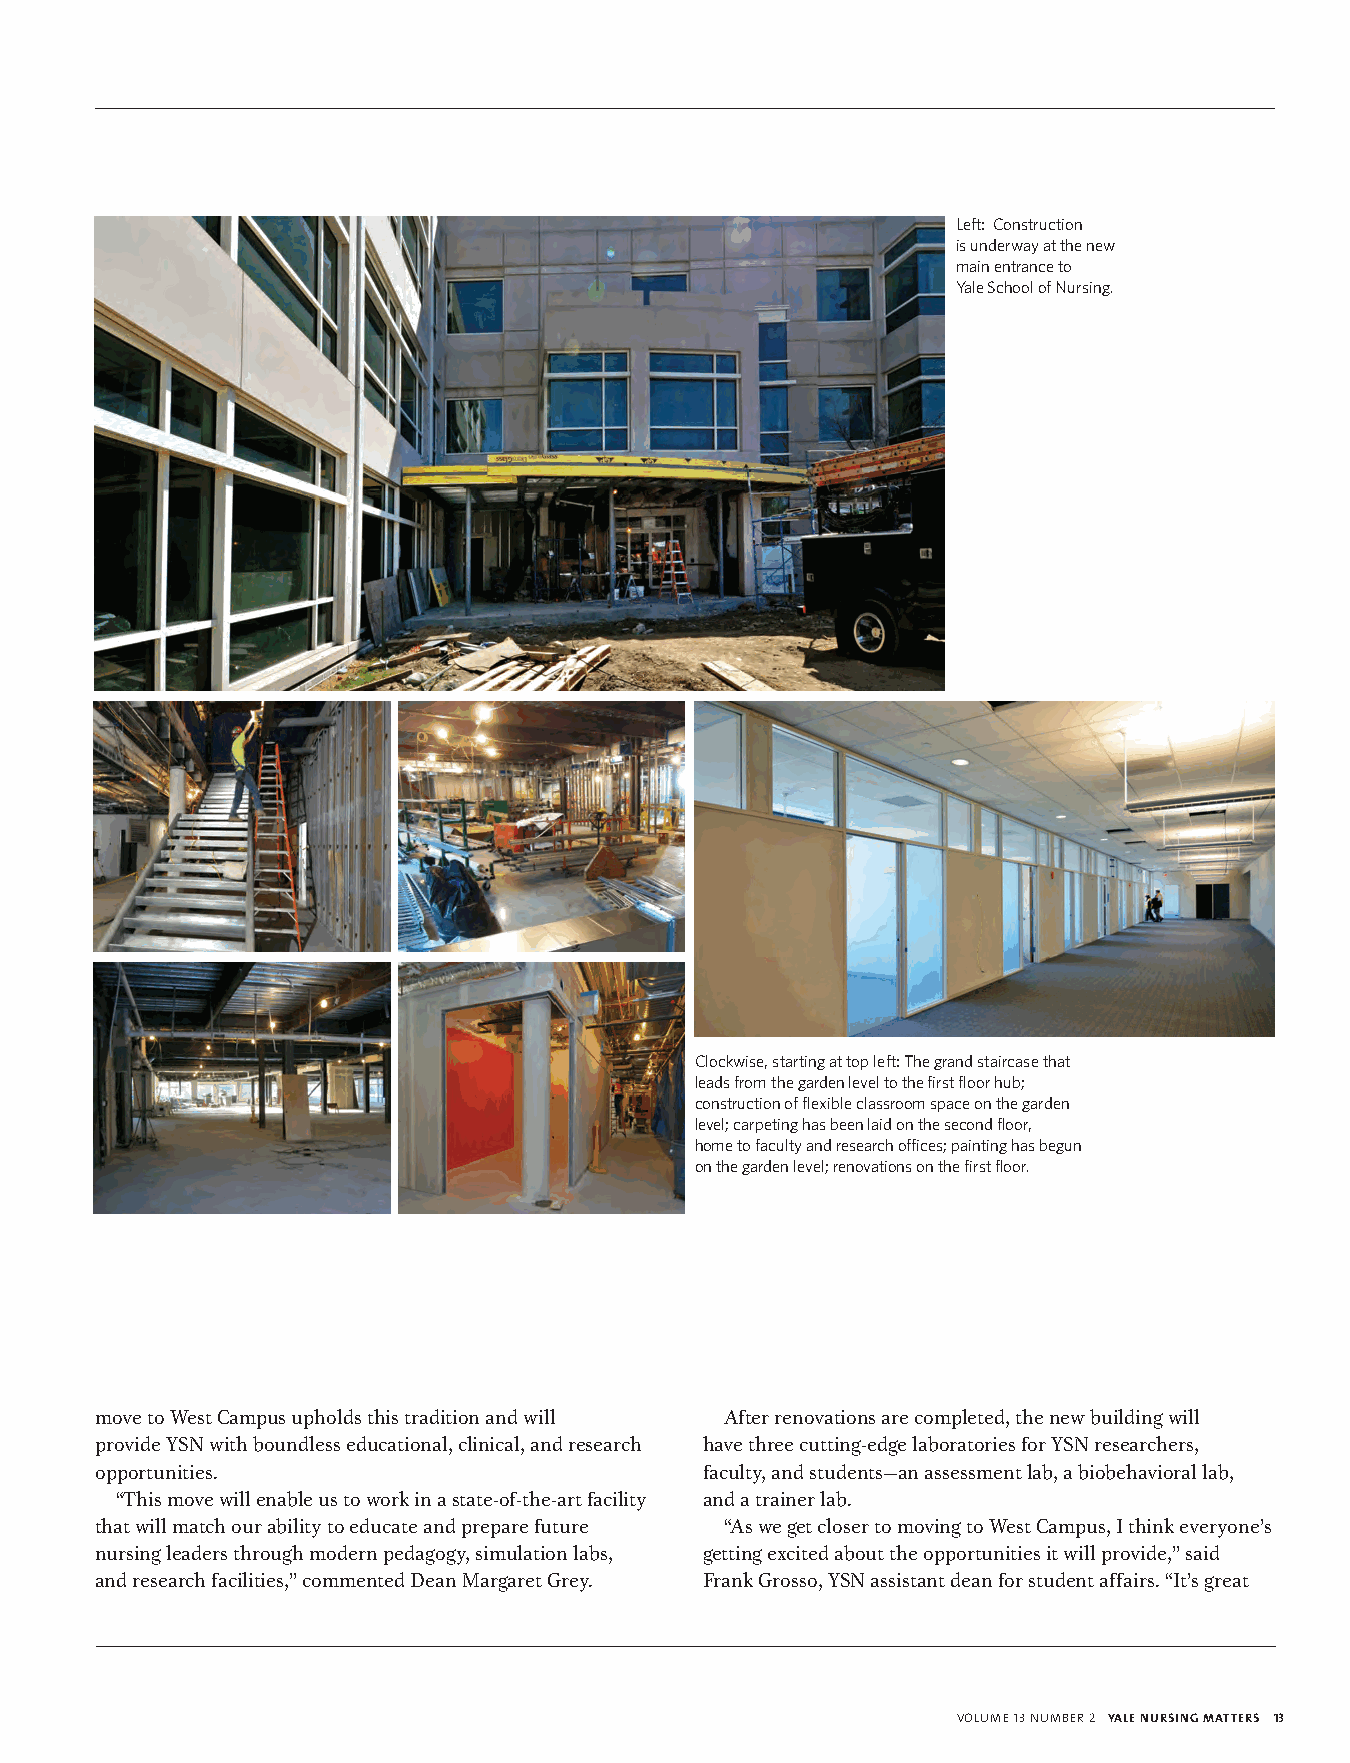
Left: Construction
 is underway at the new
 main entrance to
 Yale School of Nursing.
 Clockwise, starting at top left: The grand staircase that
 leads from the garden level to the first floor hub;
 construction of flexible classroom space on the garden
 level; carpeting has been laid on the second floor,
 home to faculty and research offices; painting has begun
 on the garden level; renovations on the first floor.
 move to West Campus upholds this tradition and will After renovations are completed, the new building will
 provide YSN with boundless educational, clinical, and research have three cutting-edge laboratories for YSN researchers,
 opportunities.                          faculty, and students—an assessment lab, a biobehavioral lab,
 “This move will enable us to work in a state-of-the-art facility and a trainer lab.
 that will match our ability to educate and prepare future “As we get closer to moving to West Campus, I think everyone’s
 nursing leaders through modern pedagogy, simulation labs, getting excited about the opportunities it will provide,” said
 and research facilities,” commented Dean Margaret Grey. Frank Grosso, YSN assistant dean for student affairs. “It’s great
 volume 13 number 2 YALE NURSING MATTERS 13
 137823_YNM Spring.indd 13                                                        5/1/13 11:33 AM